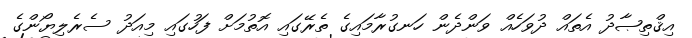
އިޤްތިޞާދު އެތައް ދުވަހެއް ވަންދެން ހަނގުރާމައިގެ ތެރޭގައި އޮތުމަށް ފަހުގައި މިއަދު ސެރެލިޔޯންގެ